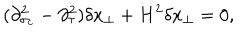
( \partial _ { \sigma _ { c } } ^ { 2 } - \partial _ { \tau } ^ { 2 } ) \delta x _ { \perp } + H ^ { 2 } \delta x _ { \perp } = 0 ,